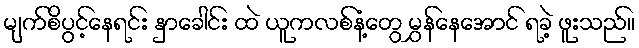
မျက်စိပွင့်နေရင်း နှာခေါင်း ထဲ ယူကလစ်နံ့တွေ မွှန်နေအောင် ရခဲ့ ဖူးသည်။